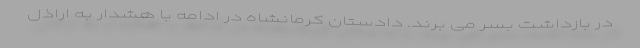
در بازداشت بسر می برند. دادستان کرمانشاه در ادامه با هشدار به اراذل